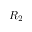
R _ { 2 }